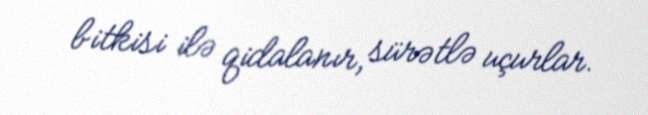
bitkisi ilə qidalanır, sürətlə uçurlar.